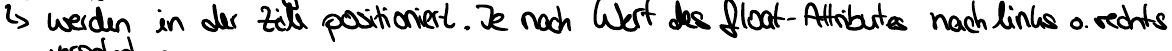
werden in der Zeile positioniert. Je nach Wert des float-Attributes nach links o. rechts